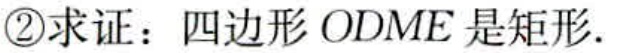
\textcircled{2}求证：四边形$ODME$是矩形.